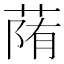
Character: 𦳉